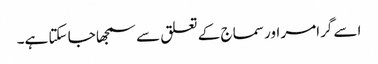
اسے گرامر اور سماج کے تعلق سے سمجھا جا سکتا ہے۔